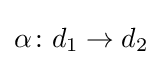
\alpha \colon d_{1}\to d_{2}